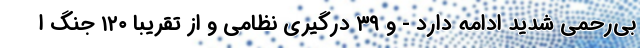
بی‌رحمی شدید ادامه دارد - و ۳۹ درگیری نظامی و از تقریبا ۱۲۰ جنگ ا